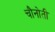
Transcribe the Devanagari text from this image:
चौनोती